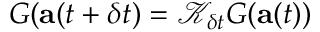
G ( \mathbf { a } ( t + \delta t ) = \mathcal { K } _ { \delta t } G ( \mathbf { a } ( t ) )